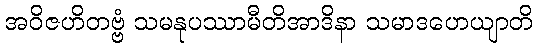
အဝိဇဟိတဗ္ဗံ သမနုပဿာမီတိအာဒိနာ သမာဒဟေယျာတိ